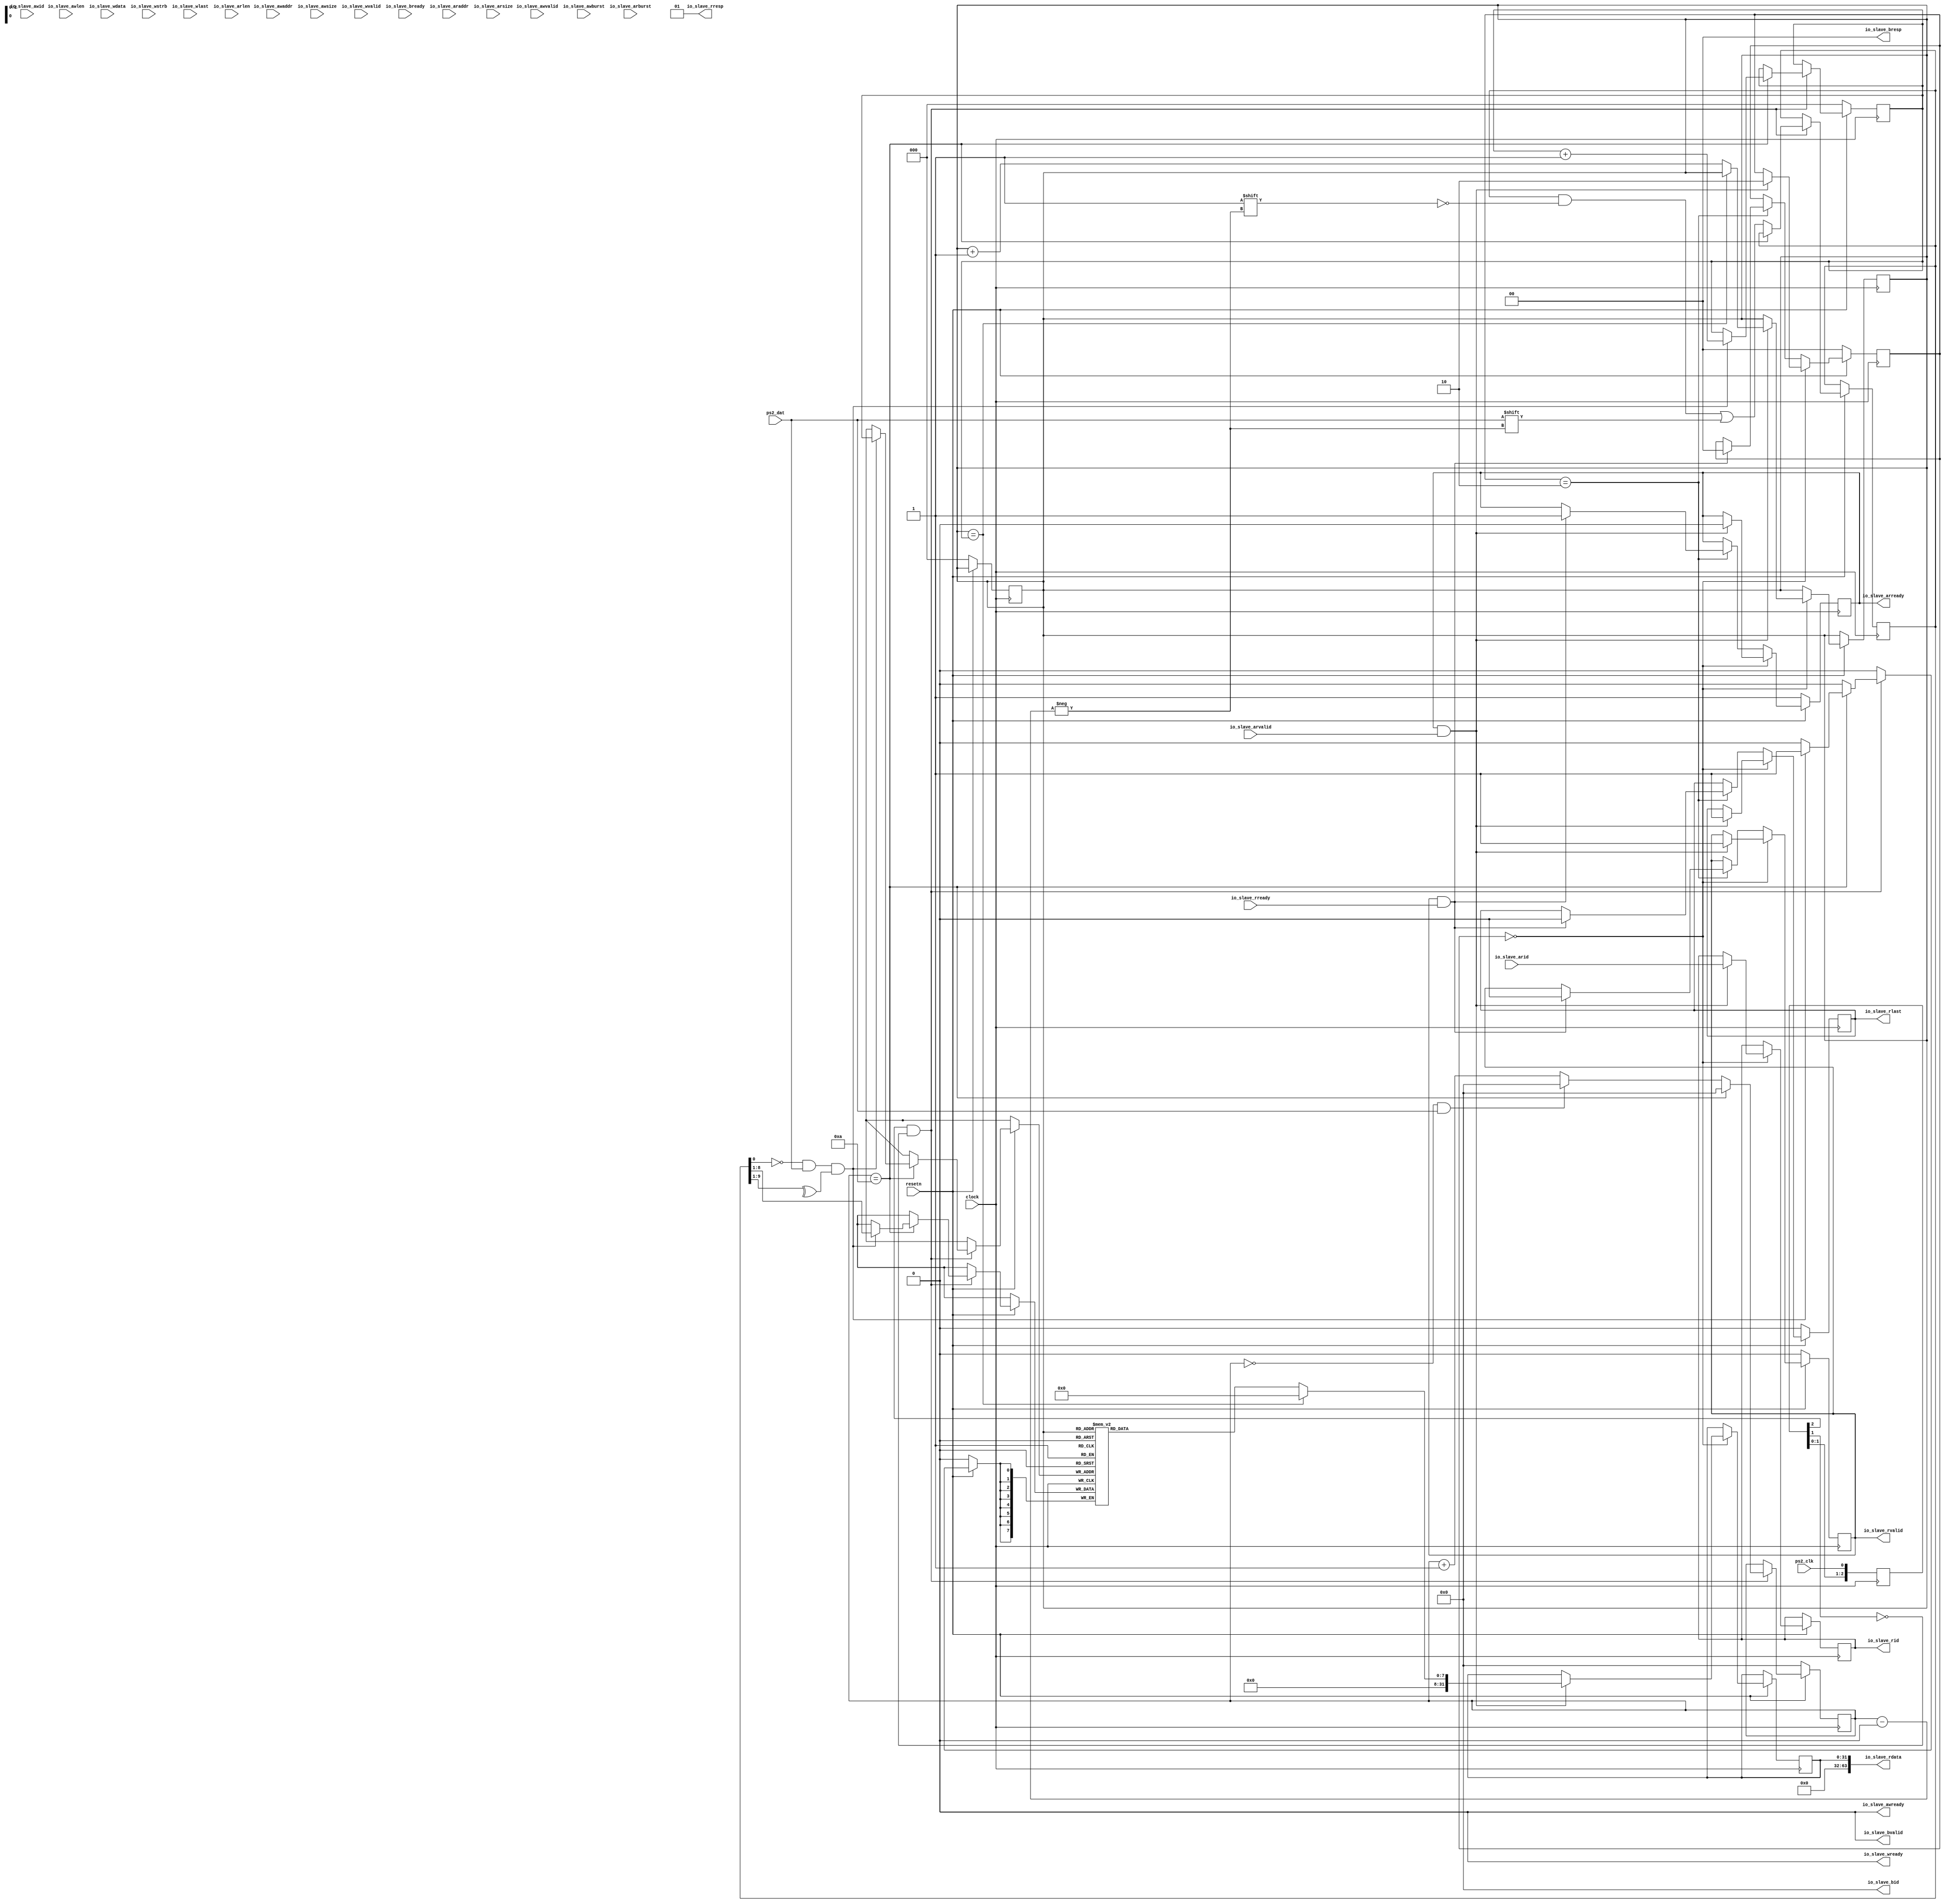
module ps2(
    input ps2_clk,
    input ps2_dat,
    input resetn,
    input clock,
    output        io_slave_awready,
    input         io_slave_awvalid,
    input  [31:0] io_slave_awaddr,
    input  [3:0]  io_slave_awid,
    input  [7:0]  io_slave_awlen,
    input  [2:0]  io_slave_awsize,
    input  [1:0]  io_slave_awburst,
    output        io_slave_wready,
    input         io_slave_wvalid,
    input  [63:0] io_slave_wdata,
    input  [7:0]  io_slave_wstrb,
    input         io_slave_wlast,
    input         io_slave_bready,
    output        io_slave_bvalid,
    output [1:0]  io_slave_bresp,
    output [3:0]  io_slave_bid,
    output        io_slave_arready,
    input         io_slave_arvalid,
    input  [31:0] io_slave_araddr,
    input  [3:0]  io_slave_arid,
    input  [7:0]  io_slave_arlen,
    input  [2:0]  io_slave_arsize,
    input  [1:0]  io_slave_arburst,
    input         io_slave_rready,
    output        io_slave_rvalid,
    output [1:0]  io_slave_rresp,
    output [63:0] io_slave_rdata,
    output        io_slave_rlast,
    output [3:0]  io_slave_rid
    );

    reg [7:0] fifo[7:0];
    reg [2:0] w_ptr, r_ptr;
    reg [9:0] buffer;
    // reg [10:0] fake_dat;
    reg [3:0] count;
    reg [2:0] ps2_clk_sync;
    always @(posedge clock) begin
        ps2_clk_sync <= {ps2_clk_sync[1:0],ps2_clk};
    end
    wire sampling = ps2_clk_sync[2] & ~ps2_clk_sync[1];
    always @(posedge clock) begin
        if (!resetn) begin
            count <= 0; w_ptr <= 0; r_ptr <= 0;
            // fake_dat <= 11'b11101110000;
        end
        else begin
            if (sampling) begin
                if (count == 4'd10) begin // cond check to filtrate unactive sign
                    if ((buffer[0] == 0) && // start bit
                        (ps2_dat) && // stop bit
                        // (fake_dat[count]) && // stop bit
                        (^buffer[9:1])) begin // odd parity
                        fifo[w_ptr] <= buffer[8:1]; // kbd scan code
                        // $display("fifo[w_ptr]: %0h", buffer[8:1]);
                        // $display("count: %d dat: %b", count, ps2_dat);
                        // $display("w_ptr: %d", w_ptr + 3'b1);
                        w_ptr <= w_ptr+3'b1;
                    end
                    count <= 0; // for next
                end else begin
                    buffer[count] <= ps2_dat; // store ps2_data
                    // buffer[count] <= fake_dat[count];
                    // $display("count: %d dat: %b", count, ps2_dat);
                    // NOTE: hack for some no std dat
                    if (count == 4'b0 && ps2_dat == 1'b1)
                        count <= 4'b0;
                    else
                        count <= count + 3'b1;
                end
            end
        end
    end

    parameter [1:0] sIdle = 0, sWdata = 1, sWresp = 2, sRaddr = 1, sRdata = 2;
    reg [1:0] srstate = sIdle;
    reg sraddrEn = 1;
    reg srdataEn = 0;
    reg [31: 0] srdata = 0;
    reg srlast = 0;
    reg [3:0] srid = 0;
    
    always @(posedge clock) begin // slave read channel
        if(!resetn) begin
            srstate <= sIdle;
            sraddrEn <= 1;
            srdataEn <= 0;
            srlast <= 0;
            // $display("[rst]idle");
        end else if (srstate == sIdle) begin
            if(sraddrEn & io_slave_arvalid) begin
                srstate <= sRdata;
                sraddrEn <= 0;
                srdataEn <= 1;
                srdata <= r_ptr == w_ptr? 32'b0 : {24'b0, fifo[r_ptr]};
                r_ptr <= r_ptr == w_ptr? r_ptr : r_ptr + 1;
                srlast <= 1;
                srid <= io_slave_arid;
                // $display("idle->rdata");
                // $display("r_ptr: %d w_prt: %d", r_ptr, w_ptr);
                // $display("fifo[r_ptr]: %0h", fifo[r_ptr]);
                // $display("srid: %0h", io_slave_arid);
            end
        end else if (srstate == sRdata) begin
            if(srdataEn & io_slave_rready) begin
                srstate <= sIdle;
                sraddrEn <= 1;
                srdataEn <= 0;
                srlast <= 0;
                // $display("rdata->idle");
            end
        end
    end

    // always@(*) begin
        // if(io_slave_araddr >= 32'h1000_3000) begin
            // $display("ps2 addr: %0h", io_slave_araddr);
        // end
        // else if(sampling) begin
        //     $display("poseedge of sampling");
        // end
    // end

    assign io_slave_awready = 0;
    assign io_slave_wready  = 0;
    assign io_slave_bvalid  = 0;
    assign io_slave_bresp   = 0;
    assign io_slave_bid     = 0;
    assign io_slave_arready = sraddrEn;
    assign io_slave_rvalid  = srdataEn;
    assign io_slave_rresp   = 1;
    assign io_slave_rdata   = {32'b0, srdata};
    assign io_slave_rlast   = srlast;
    assign io_slave_rid     = srid;
    
endmodule